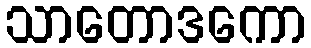
သာတောဒကော